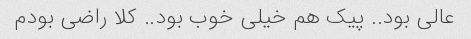
عالی بود.. پیک هم خیلی خوب بود.. کلا راضی بودم